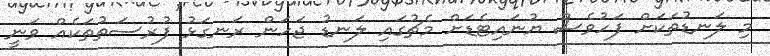
މި ލަނޑުތަކަށް ފަހުވެސް ޔުނައިޓެޑަށް މެޗުގައި ލަނޑު ޖަހަން ރަނގަޅު ފުރުސަތުތަކެއް ވަނީ